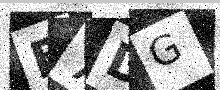
Text: B7DG